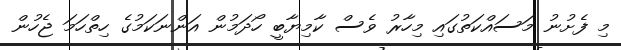
މި ފެށުނު މަސައްކަތުގައި މިހާރު ވެސް ކާމިޔާބީ ހޯދަމުން އަންނަކަމުގެ ހިތްހަމަ ޖެހުން